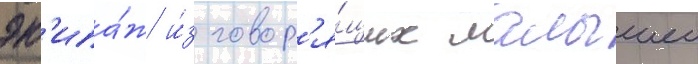
эк'ипа́ж и́з говор'я́щих малышеи